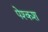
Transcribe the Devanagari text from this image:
पेश्कश